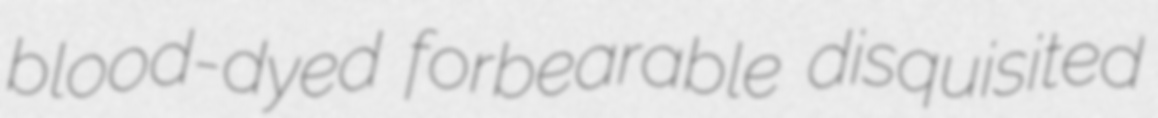
blood-dyed forbearable disquisited